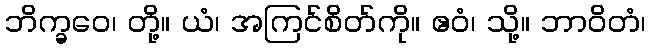
ဘိက္ခဝေ၊ တို့။ ယံ၊ အကြင်စိတ်ကို။ ဧဝံ၊ သို့။ ဘာဝိတံ၊